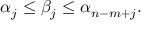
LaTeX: \alpha _ { j } \leq \beta _ { j } \leq \alpha _ { n - m + j } .